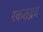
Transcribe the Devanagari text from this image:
रकतद्रव